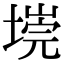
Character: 𭏐